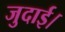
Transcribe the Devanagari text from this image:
जुदाई।